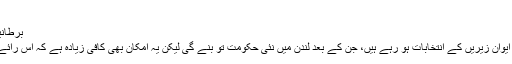
(06.05.2010)
برطانیہ میں آج پارلیمانی انتخابات ہو رہے ہیں
برطانیہ میں آج چھ مئی کو پارلیمان کے ایوان زیریں کے انتخابات ہو رہے ہیں، جن کے بعد لندن میں نئی حکومت تو بنے گی لیکن یہ امکان بھی کافی زیادہ ہے کہ اس رائے دہی کا نتیجہ ایک معلق پارلیمان ہو گی۔